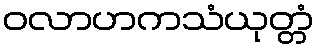
ဝလာဟကသံယုတ္တံ